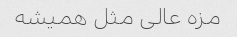
مزه عالی مثل همیشه